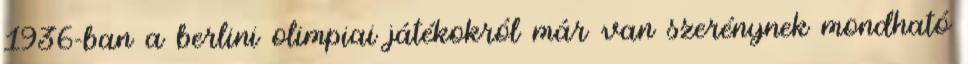
1936-ban a berlini olimpiai játékokról már van szerénynek mondható